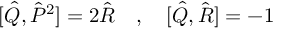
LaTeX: [ \hat { Q } , \hat { P } ^ { 2 } ] = 2 \hat { R } \quad , \quad [ \hat { Q } , \hat { R } ] = - 1